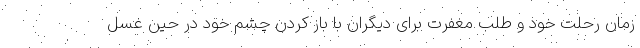
زمان رحلت خود و طلب مغفرت برای دیگران با باز کردن چشم خود در حین غسل